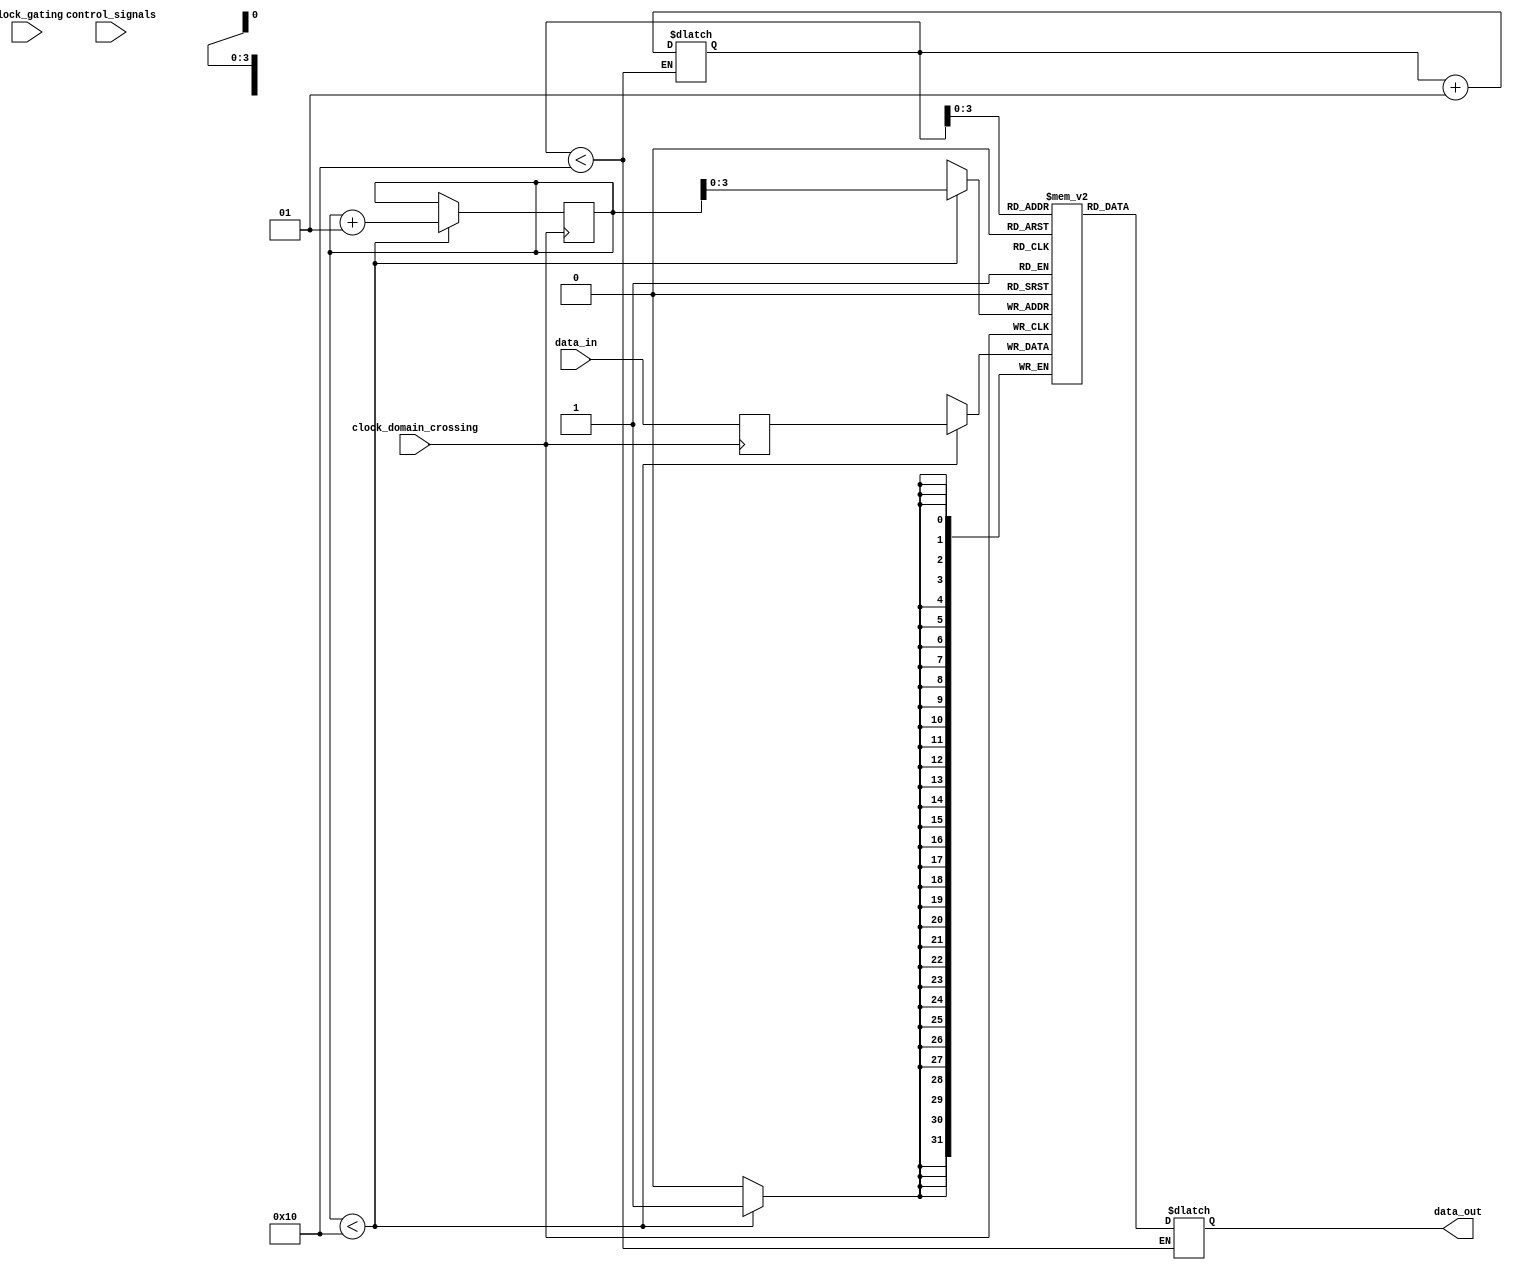
module timing_control_and_sync (
    input wire control_signals,
    input wire clock_gating,
    input wire clock_domain_crossing,
    input wire [31:0] data_in,
    output wire [31:0] data_out
);

// Timing control block
reg [31:0] control_signals_reg;
always @(posedge control_signals) begin
    control_signals_reg <= control_signals;
end

// Clock gating block
reg [31:0] clock_gating_reg;
always @(posedge clock_gating) begin
    clock_gating_reg <= clock_gating;
end

// Clock domain crossing block
reg [31:0] data_in_reg;
always @(posedge clock_domain_crossing) begin
    data_in_reg <= data_in;
end

// Synchronization block using FIFO buffer
reg [31:0] fifo_buffer [15:0]; // FIFO buffer size of 16 entries
integer read_ptr, write_ptr;
always @(posedge clock_domain_crossing) begin
    if (write_ptr < 16) begin
        fifo_buffer[write_ptr] <= data_in_reg;
        write_ptr <= write_ptr + 1;
    end
end

always @(*) begin
    if (read_ptr < 16) begin
        data_out = fifo_buffer[read_ptr];
        read_ptr <= read_ptr + 1;
    end
end

endmodule